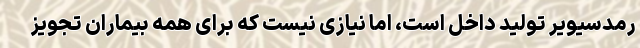
رمدسیویر تولید داخل است، اما نیازی نیست که برای همه بیماران تجویز